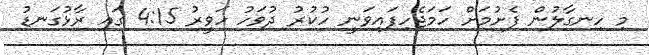
މި ހިނގާލުން ފެށުމަށް ހަމަޖެހިފައިވަނީ ހުކުރު ދުވަހު ހަވީރު 4:15 ގައި ރާޅުގަނޑު